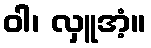
ဝါ၊ လှူအံ့။